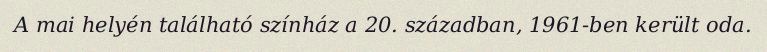
A mai helyén található színház a 20. században, 1961-ben került oda.